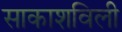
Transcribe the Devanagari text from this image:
साकाशविली